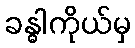
ခန္ဓါကိုယ်မှ